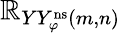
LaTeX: \mathbb{R}_{YY_{\varphi}^{\mathrm{{ns}}}(m,n)}